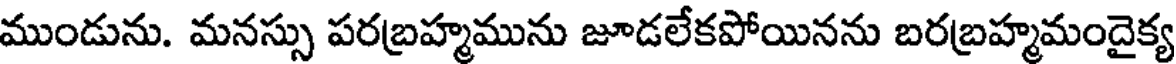
ముండును. మనస్సు పరబ్రహ్మమును జూడలేకపోయినను బరబ్రహ్మమందైక్య